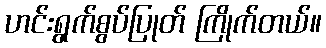
ဟင်းရွက်စွပ်ပြုတ် ကြိုက်တယ်။